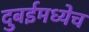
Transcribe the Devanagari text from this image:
दुबईमध्येच